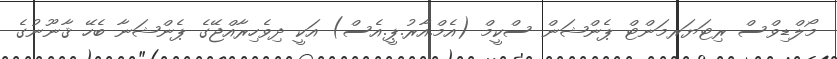
މޯލްޑިވްސް ރިޓަޔަރމަންޓް ޕެންޝަން ސްކީމް (އެމް.އާރު.ޕީ.އެސް) އަކީ ދިވެހިރާއްޖޭގެ ޕެންޝަނާ ބެހޭ ޤާނޫނުގެ